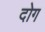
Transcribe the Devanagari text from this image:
दोग